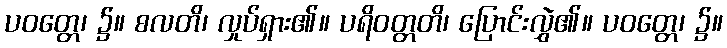
ပဝတ္တေ၊ ၌။ စလတိ၊ လှုပ်ရှား၏။ ပရိဝတ္တတိ၊ ပြောင်းလွှဲ၏။ ပဝတ္တေ၊ ၌။